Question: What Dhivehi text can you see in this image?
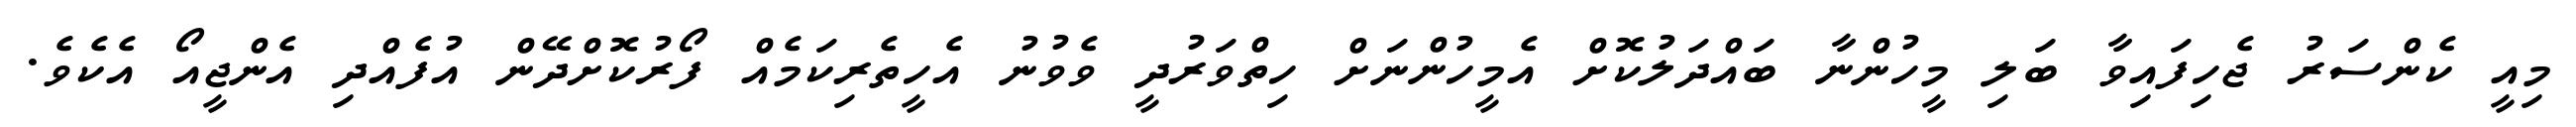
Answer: މިއީ ކެންސަރު ޖެހިފައިވާ ބަލި މީހުންނާ ބައްދަލުކޮށް އެމީހުންނަށް ހިތްވަރުދީ ވެވުނު އެހީތެރިކަމެއް ފޯރުކޮށްދޭން އުފެއްދި އެންޖީއޯ އެކެވެ.